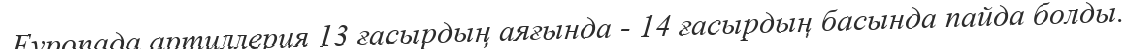
Еуропада артиллерия 13 ғасырдың аяғында - 14 ғасырдың басында пайда болды.